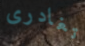
تغادرى